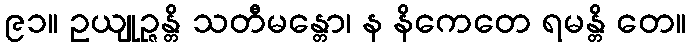
၉၁။ ဥယျုဉ္ဇန္တိ သတီမန္တော၊ န နိကေတေ ရမန္တိ တေ။